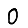
Digit: 0